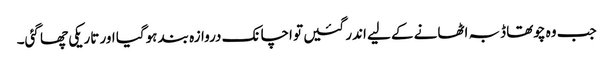
جب وہ چوتھا ڈبہ اٹھانے کے لیے اندر گئیں تو اچانک دروازہ بند ہوگیا اور تاریکی چھا گئی۔